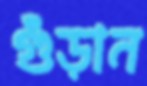
গুঁড়ান